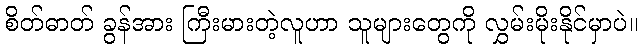
စိတ်ဓာတ် ခွန်အား ကြီးမားတဲ့လူဟာ သူများတွေကို လွှမ်းမိုးနိုင်မှာပဲ။